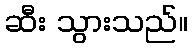
ဆီး သွားသည်။